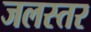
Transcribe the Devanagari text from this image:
जलस्‍तर